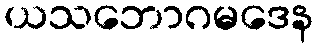
ယသဘောဂမဒေန